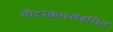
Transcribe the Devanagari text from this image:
मोटरकारसंबधित